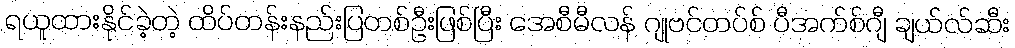
ရယူထားနိုင်ခဲ့တဲ့ ထိပ်တန်းနည်းပြတစ်ဦးဖြစ်ပြီး အေစီမီလန် ဂျုဗင်တပ်စ် ပီအက်စ်ဂျီ ချယ်လ်ဆီး